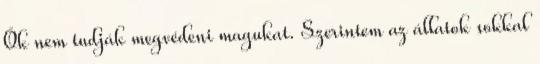
Ők nem tudják megvédeni magukat. Szerintem az állatok sokkal